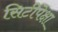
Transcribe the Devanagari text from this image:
सिटीपेक्षा